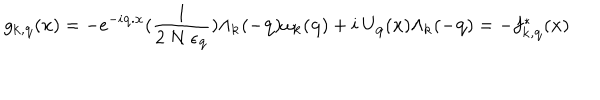
g _ { { \bf { k } } , { \bf { q } } } ( { \bf { x } } ) = - e ^ { - i { \bf { q . x } } } ( \frac { 1 } { 2 \mathrm { ~ } N \mathrm { ~ } \epsilon _ { { \bf { q } } } } ) \Lambda _ { { \bf { k } } } ( - { \bf { q } } ) \omega _ { { \bf { k } } } ( { \bf { q } } ) + i \mathrm { ~ } U _ { { \bf { q } } } ( { \bf { x } } ) \Lambda _ { { \bf { k } } } ( - { \bf { q } } ) = - f _ { { \bf { k } } , { \bf { q } } } ^ { * } ( { \bf { x } } )